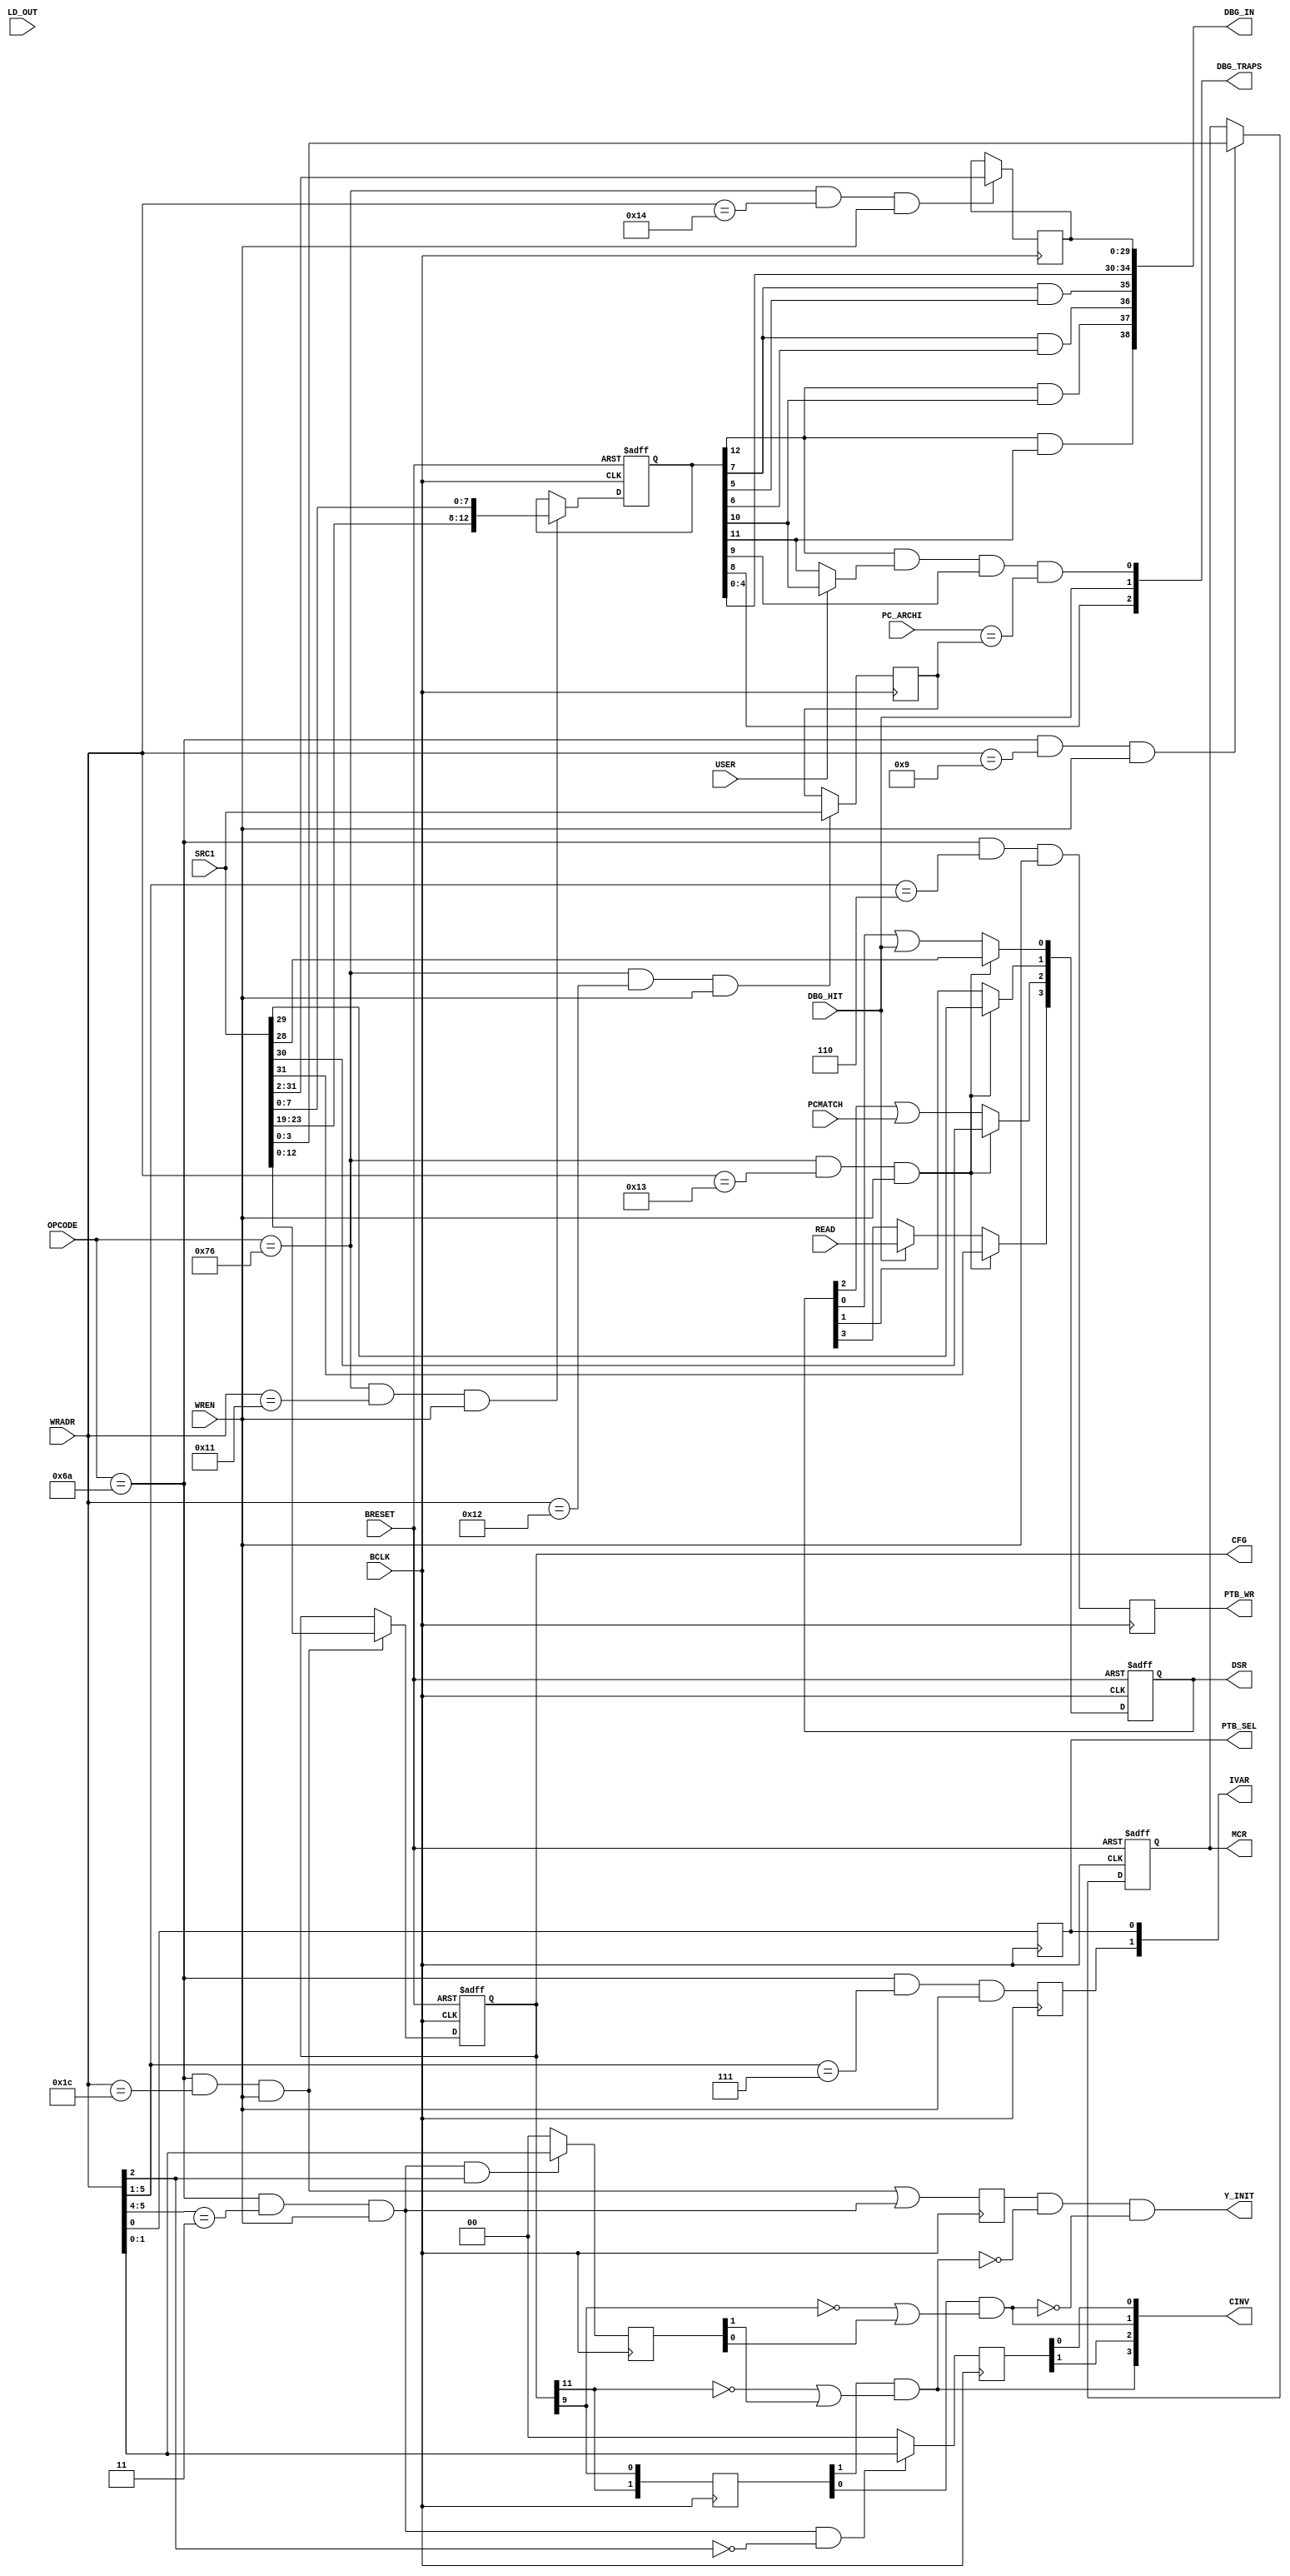
// +++++++++++++++++++++++++++++++++++++++++++++++++++++++++++++++++++++++++++++++++++++++++++++++++
//
// This file is part of the M32632 project
// http://opencores.org/project,m32632
//
//	Version:	2.0
//	History:	1.0 first release of 30 Mai 2015
//
// Copyright (C) 2016 Udo Moeller
// 
// This source file may be used and distributed without 
// restriction provided that this copyright statement is not 
// removed from the file and that any derivative work contains 
// the original copyright notice and the associated disclaimer.
// 
// This source file is free software; you can redistribute it 
// and/or modify it under the terms of the GNU Lesser General 
// Public License as published by the Free Software Foundation;
// either version 2.1 of the License, or (at your option) any 
// later version. 
// 
// This source is distributed in the hope that it will be 
// useful, but WITHOUT ANY WARRANTY; without even the implied 
// warranty of MERCHANTABILITY or FITNESS FOR A PARTICULAR 
// PURPOSE. See the GNU Lesser General Public License for more 
// details. 
// 
// You should have received a copy of the GNU Lesser General 
// Public License along with this source; if not, download it 
// from http://www.opencores.org/lgpl.shtml 
// 
// +++++++++++++++++++++++++++++++++++++++++++++++++++++++++++++++++++++++++++++++++++++++++++++++++
//
//	Modules contained in this file:
//	1. CONFIG_REGS	Configuration and Debug Registers
//	2. FP_STAT_REG	Floating Point Status Register
//	3. REGISTER		General Purpose Registers
//
// ++++++++++++++++++++++++++++++++++++++++++++++++++++++++++++++++++++++++++++++++++++++++++++++++++

// ++++++++++++++++++++++++++++++++++++++++++++++++++++++++++++++++++++++++++++++++++++++++++++++++++
//
//	1. CONFIG_REGS	Configuration and Debug Registers
//
// ++++++++++++++++++++++++++++++++++++++++++++++++++++++++++++++++++++++++++++++++++++++++++++++++++
module CONFIG_REGS ( BCLK, BRESET, WREN, LD_OUT, OPCODE, SRC1, WRADR, PC_ARCHI, USER, PCMATCH, DBG_HIT, READ,
					 CFG, MCR, PTB_WR, PTB_SEL, IVAR, CINV, Y_INIT, DSR, DBG_TRAPS, DBG_IN );

	input			BCLK,BRESET;
	input			WREN,LD_OUT;
	input	 [7:0]	OPCODE;
	input	[31:0]	SRC1;
	input	 [5:0]	WRADR;
	input	[31:0]	PC_ARCHI;
	input			USER;
	input			PCMATCH;
	input			DBG_HIT;
	input			READ;
	
	output	[12:0]	CFG;
	output	 [3:0]	MCR;
	output			PTB_WR;
	output			PTB_SEL;
	output	 [1:0]	IVAR;
	output	 [3:0]	CINV;
	output			Y_INIT;
	output	 [3:0]	DSR;
	output	 [2:0]	DBG_TRAPS;
	output	[40:2]	DBG_IN;
	
	reg		 [3:0]	MCR;
	reg		[12:0]	CFG;
	reg		 [1:0]	old_cfg;
	reg				PTB_WR,PTB_SEL;
	reg				ivarreg;
	reg		 [1:0]	ci_all,ci_line;
	reg				check_y;

	wire			ld_cfg,ld_mcr,do_cinv;
	wire			init_ic,init_dc;
	wire			op_ok;

	assign op_ok = (OPCODE == 8'h6A);	// Special Opcode - for security reason
	
	assign ld_cfg  = op_ok & (WRADR == 6'h1C)	   & WREN;
	assign ld_mcr  = op_ok & (WRADR == 6'd9)	   & WREN;
	assign do_cinv = op_ok & (WRADR[5:4] == 2'b11) & WREN;
	
	// PF is not implemented
	always @(posedge BCLK or negedge BRESET)
		if (!BRESET) CFG <= 13'h0;
			else if (ld_cfg) CFG <= SRC1[12:0];
			
	always @(posedge BCLK or negedge BRESET)
		if (!BRESET) MCR <= 4'h0;
			else if (ld_mcr) MCR <= SRC1[3:0];

	always @(posedge BCLK) ivarreg <= op_ok & (WRADR[5:1] == 5'd7) & WREN;	// IVAR0/1 = Reg. Nr. 14/15
	assign IVAR = {ivarreg,PTB_SEL};
	
	always @(posedge BCLK) PTB_WR  <= op_ok & (WRADR[5:1] == 5'd6) & WREN;	// PTB0/1 = Reg. Nr. 12/13
	always @(posedge BCLK) PTB_SEL <= WRADR[0];
	
	// The Cache content will be invalid if the Enable-Bit is set to 0
	always @(posedge BCLK) old_cfg <= {CFG[11],CFG[9]};
	
	// Cache Invalidate : the Flags are coming out of the Short-field which is otherwise used for Register selection
	always @(posedge BCLK) ci_all  <= do_cinv &  WRADR[2] ? WRADR[1:0] : 2'b0;	// clear all
	always @(posedge BCLK) ci_line <= do_cinv & ~WRADR[2] ? WRADR[1:0] : 2'b0;	// clear cache line
	
	assign init_ic = old_cfg[1] & (~CFG[11] | ci_all[1]);
	assign init_dc = old_cfg[0] & (~CFG[9]  | ci_all[0]);
	
	assign CINV = {init_ic,ci_line[1],init_dc,ci_line[0]};
	
	// Y_INIT is neccessary if nothing has changed and therefore no DC/IC_INIT is generated
	always @(posedge BCLK) check_y <= ld_cfg | do_cinv;
	assign Y_INIT = check_y & ~init_ic & ~init_dc;	// goes to register "old_init"
	
	// +++++++++++++  DEBUG Unit  +++++++++++++++

	reg		 [3:0]	DSR;
	reg		[12:0]	dcr;
	reg		[31:0]	bpc;
	reg		[31:2]	car;
	
	wire			op_dbg,ld_dcr,ld_bpc,ld_dsr,ld_car;
	wire			enable;
	
	assign op_dbg = (OPCODE == 8'h76);
	
	assign ld_dcr = op_dbg & (WRADR == 6'h11) & WREN;
	assign ld_bpc = op_dbg & (WRADR == 6'h12) & WREN;
	assign ld_dsr = op_dbg & (WRADR == 6'h13) & WREN;
	assign ld_car = op_dbg & (WRADR == 6'h14) & WREN;

	assign enable = dcr[12] & (USER ? dcr[10] : dcr[11]);	// DEN & (USER ? UD : SD)
	
	always @(posedge BCLK or negedge BRESET)
		if (!BRESET) dcr <= 13'd0;
			else if (ld_dcr) dcr <= {SRC1[23:19],SRC1[7:0]};
			
	always @(posedge BCLK) if (ld_bpc) bpc <= SRC1;
	always @(posedge BCLK) if (ld_car) car <= SRC1[31:2];
	
	//					DEN		  SD        DEN       UD       CAE      CRD      CAE      CWR    VNP/CBE  CAR
	assign DBG_IN = {(dcr[12] & dcr[11]),(dcr[12] & dcr[10]),(dcr[7] & dcr[6]),(dcr[7] & dcr[5]),dcr[4:0],car};
	
	always @(posedge BCLK or negedge BRESET)
		if (!BRESET) DSR <= 4'd0;
		  else
			if (ld_dsr) DSR <= SRC1[31:28];
			  else
				begin
				  DSR[3] <= DBG_HIT ? READ : DSR[3];
				  DSR[2] <= DSR[2] | PCMATCH;
				  DSR[1] <= DSR[1];
				  DSR[0] <= DSR[0] | DBG_HIT;
				end

	assign DBG_TRAPS[0] = enable & dcr[9] & (PC_ARCHI == bpc);	// dcr[9]=PCE
	assign DBG_TRAPS[1] = DBG_HIT;	// Compare Adress Hit
	assign DBG_TRAPS[2] = dcr[8];	// TR, Trap enable

endmodule

// ++++++++++++++++++++++++++++++++++++++++++++++++++++++++++++++++++++++++++++++++++++++++++++++++++
//
//	2. FP_STAT_REG	Floating Point Status Register
//
// ++++++++++++++++++++++++++++++++++++++++++++++++++++++++++++++++++++++++++++++++++++++++++++++++++
module FP_STAT_REG ( BCLK, BRESET, LFSR, UP_SP, UP_DP, TT_SP, TT_DP, WREN, WRADR, DIN, FSR, TWREN, FPU_TRAP, SAVE_PC);
	
	input			BCLK;
	input			BRESET;
	input			LFSR;	// Load by LFSR opcode
	input			UP_SP,UP_DP;	// update if calculation operation
	input 	 [4:0]	TT_SP,TT_DP;
	input			WREN;	// for RMB and LFSR
	input	 [5:4]	WRADR;
	input 	[16:0] 	DIN;	// Data for LFSR opcode
	
	output	[31:0] 	FSR;
	output			TWREN;
	output	reg		FPU_TRAP;
	output			SAVE_PC;
	
	reg		 [4:3]	trap_d;
	reg				update_d;
	reg				set_rm_d;
	reg		[10:0]	set_bits;
	reg		 [4:0]	flags;
	reg				rm_bit;
	
	wire			load_fsr;
	wire			update,update_i;
	wire	 [4:0]	trap;
	wire			uflag,iflag,rmflag;

	assign load_fsr = LFSR & WREN;
	
	assign trap = UP_SP ? TT_SP : TT_DP;
	
	// This signal suppresses write into registers if FPU Trap, timing critical signal !
	assign TWREN = ~((UP_SP & (TT_SP[2:0] != 3'b0)) | (UP_DP & (TT_DP[2:0] != 3'b0)));
	
	always @(posedge BCLK or negedge BRESET)
		if (!BRESET) FPU_TRAP <= 1'b0;
		  else FPU_TRAP <= ~FPU_TRAP & ~TWREN;	// one pulse of one cycle informs the Opcode Decoder
				
	assign update_i = (UP_SP | UP_DP) & ~FPU_TRAP;	// unfortunately one FPU opcode may follow !
	always @(posedge BCLK) update_d	<= update_i;
	always @(posedge BCLK) trap_d	<= trap[4:3];
	always @(posedge BCLK) set_rm_d	<= WREN & (WRADR == 2'b10);
	assign update = update_d & ~FPU_TRAP;
	
	// The Flags are set and stay "1" 
	assign iflag  = (update & trap_d[4]) | flags[4];	// Inexact Result
	assign uflag  = (update & trap_d[3]) | flags[3];	// Underflow
	assign rmflag = (set_rm_d & ~FPU_TRAP) | rm_bit;	// Register Modify

	always @(posedge BCLK or negedge BRESET)
		if (!BRESET) flags[4:3] <= 2'b0;	// Inexact = Bit6, Underflow = Bit4
		  else
		  begin
			if (load_fsr) flags[4:3] <= {DIN[6],DIN[4]};
			  else
				if (update) flags[4:3] <= {iflag,uflag};
		  end
		  
	always @(posedge BCLK or negedge BRESET)
		if (!BRESET) flags[2:0] <= 3'b0;	// TT Field = Bit2-0
		  else
		  begin
			if (load_fsr) flags[2:0] <= DIN[2:0];
			  else
				if (update_i) flags[2:0] <= trap[2:0];
		  end
		  
	always @(posedge BCLK or negedge BRESET)
		if (!BRESET) rm_bit <= 1'b0;	// Register Modify Bit
		  else
		  begin
			if (load_fsr) rm_bit <= DIN[16];
			  else
				if (set_rm_d & ~FPU_TRAP) rm_bit <= 1'b1;	// in case of TRAP there is no writing to Register
		  end
		
	always @(posedge BCLK or negedge BRESET)
		if (!BRESET) set_bits <= 11'b0;	// all other Bits
		  else
			if (load_fsr) set_bits <= {DIN[15:7],DIN[5],DIN[3]};

	assign FSR = {15'h0,rmflag,set_bits[10:2],iflag,set_bits[1],uflag,set_bits[0],flags[2:0]};
	
	assign SAVE_PC = (UP_SP | UP_DP) & ~FPU_TRAP;	// Store the correct PC for FPU Trap
	
endmodule

// ++++++++++++++++++++++++++++++++++++++++++++++++++++++++++++++++++++++++++++++++++++++++++++++++++
//
//	3. REGISTER		General Purpose Registers
//
// ++++++++++++++++++++++++++++++++++++++++++++++++++++++++++++++++++++++++++++++++++++++++++++++++++
module REGISTER( BCLK, ENWR, DOWR, BYDIN, DIN, RADR, WADR, WMASKE, DOUT, SELI );

input			BCLK;
input			DOWR,ENWR;
input	[31:0]	BYDIN,DIN;
input	 [7:0]	RADR;
input	 [5:0]	WADR;
input	 [1:0]	WMASKE;

output	[31:0]	DOUT;
output reg 		SELI;

reg	 	 [2:0] 	mx;

wire	 [2:0]	be;
wire			eq_rw;

// +++++++++++++++++++ Memories ++++++++++++++++++++

reg	 	[15:0]	REGFILE_C [0:63];	// Byte 3 and 2 , Verilog allows no "Byte Write" in wider memories !!!
reg	 	 [7:0]	REGFILE_B [0:63];	// Byte 1
reg	 	 [7:0]	REGFILE_A [0:63];	// Byte 0
reg		[31:0]	RF;

assign	be = {WMASKE[1],(WMASKE[1] | WMASKE[0]),1'b1};

assign	eq_rw = ENWR & (RADR[5:0] == WADR);

always @(posedge BCLK) if (RADR[7]) mx[2:0] <= be[2:0] & {{3{eq_rw}}};

always @(posedge BCLK) if (RADR[7]) SELI <= RADR[6];

assign DOUT[31:16] = mx[2] ? BYDIN[31:16] : RF[31:16];
assign DOUT[15:8]  = mx[1] ? BYDIN[15:8]  : RF[15:8];
assign DOUT[7:0]   = mx[0] ? BYDIN[7:0]   : RF[7:0];
	
// ++++++++++++++++ Register File 64 * 32 Bits ++++++++++++

always @(posedge BCLK)
	if (RADR[7])
		begin
			RF[31:16] <= REGFILE_C[RADR[5:0]];
			RF[15:8]  <= REGFILE_B[RADR[5:0]];
			RF[7:0]   <= REGFILE_A[RADR[5:0]];
		end

always @(posedge BCLK)
	if (DOWR)
		begin
			if (be[2]) REGFILE_C[WADR] <= DIN[31:16];
			if (be[1]) REGFILE_B[WADR] <= DIN[15:8];
			if (be[0]) REGFILE_A[WADR] <= DIN[7:0];
		end

endmodule